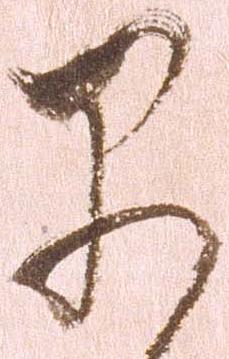
早